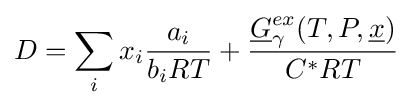
D=\sum _{i}x_{i}{\frac {a_{i}}{b_{i}RT}}+{\frac {{\underline {G}}_{\gamma }^{ex}(T,P,{\underline {x}})}{C^{*}RT}}